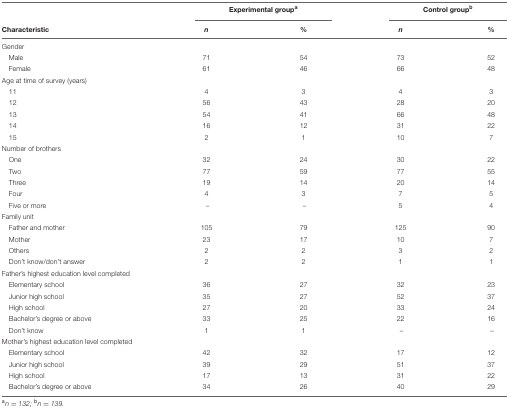
<table><thead><tr><td></td><td colspan="2"><b>Experimental group<sup>a</sup></b></td><td colspan="2"><b>Control group<sup>b</sup></b></td></tr><tr><td><b>Characteristic</b></td><td><b><i>n</i></b></td><td><b>%</b></td><td><b><i>n</i></b></td><td><b>%</b></td></tr></thead><tbody><tr><td>Gender</td><td></td><td></td><td></td><td></td></tr><tr><td>Male</td><td>71</td><td>54</td><td>73</td><td>52</td></tr><tr><td>Female</td><td>61</td><td>46</td><td>66</td><td>48</td></tr><tr><td>Age at time of survey (years)</td><td></td><td></td><td></td><td></td></tr><tr><td>11</td><td>4</td><td>3</td><td>4</td><td>3</td></tr><tr><td>12</td><td>56</td><td>43</td><td>28</td><td>20</td></tr><tr><td>13</td><td>54</td><td>41</td><td>66</td><td>48</td></tr><tr><td>14</td><td>16</td><td>12</td><td>31</td><td>22</td></tr><tr><td>15</td><td>2</td><td>1</td><td>10</td><td>7</td></tr><tr><td>Number of brothers</td><td></td><td></td><td></td><td></td></tr><tr><td>One</td><td>32</td><td>24</td><td>30</td><td>22</td></tr><tr><td>Two</td><td>77</td><td>59</td><td>77</td><td>55</td></tr><tr><td>Three</td><td>19</td><td>14</td><td>20</td><td>14</td></tr><tr><td>Four</td><td>4</td><td>3</td><td>7</td><td>5</td></tr><tr><td>Five or more</td><td>–</td><td>–</td><td>5</td><td>4</td></tr><tr><td>Family unit</td><td></td><td></td><td></td><td></td></tr><tr><td>Father and mother</td><td>105</td><td>79</td><td>125</td><td>90</td></tr><tr><td>Mother</td><td>23</td><td>17</td><td>10</td><td>7</td></tr><tr><td>Others</td><td>2</td><td>2</td><td>3</td><td>2</td></tr><tr><td>Don’t know/don’t answer</td><td>2</td><td>2</td><td>1</td><td>1</td></tr><tr><td>Father’s highest education level completed</td><td></td><td></td><td></td><td></td></tr><tr><td>Elementary school</td><td>36</td><td>27</td><td>32</td><td>23</td></tr><tr><td>Junior high school</td><td>35</td><td>27</td><td>52</td><td>37</td></tr><tr><td>High school</td><td>27</td><td>20</td><td>33</td><td>24</td></tr><tr><td>Bachelor’s degree or above</td><td>33</td><td>25</td><td>22</td><td>16</td></tr><tr><td>Don’t know</td><td>1</td><td>1</td><td>–</td><td>–</td></tr><tr><td>Mother’s highest education level completed</td><td></td><td></td><td></td><td></td></tr><tr><td>Elementary school</td><td>42</td><td>32</td><td>17</td><td>12</td></tr><tr><td>Junior high school</td><td>39</td><td>29</td><td>51</td><td>37</td></tr><tr><td>High school</td><td>17</td><td>13</td><td>31</td><td>22</td></tr><tr><td>Bachelor’s degree or above</td><td>34</td><td>26</td><td>40</td><td>29</td></tr></tbody></table>